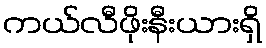
ကယ်လီဖိုးနီးယားရှိ